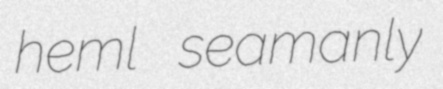
heml seamanly